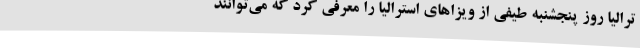
ترالیا روز پنجشنبه طیفی از ویزاهای استرالیا را معرفی کرد که می‌توانند